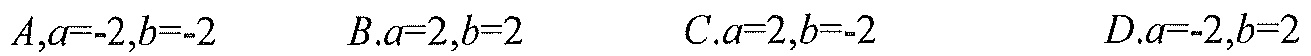
\(A.a = - 2,b = - 2\)  \(B.a = 2,b = 2\)  \(C.a = 2,b = - 2\)  \(D.a = - 2,b = 2\)